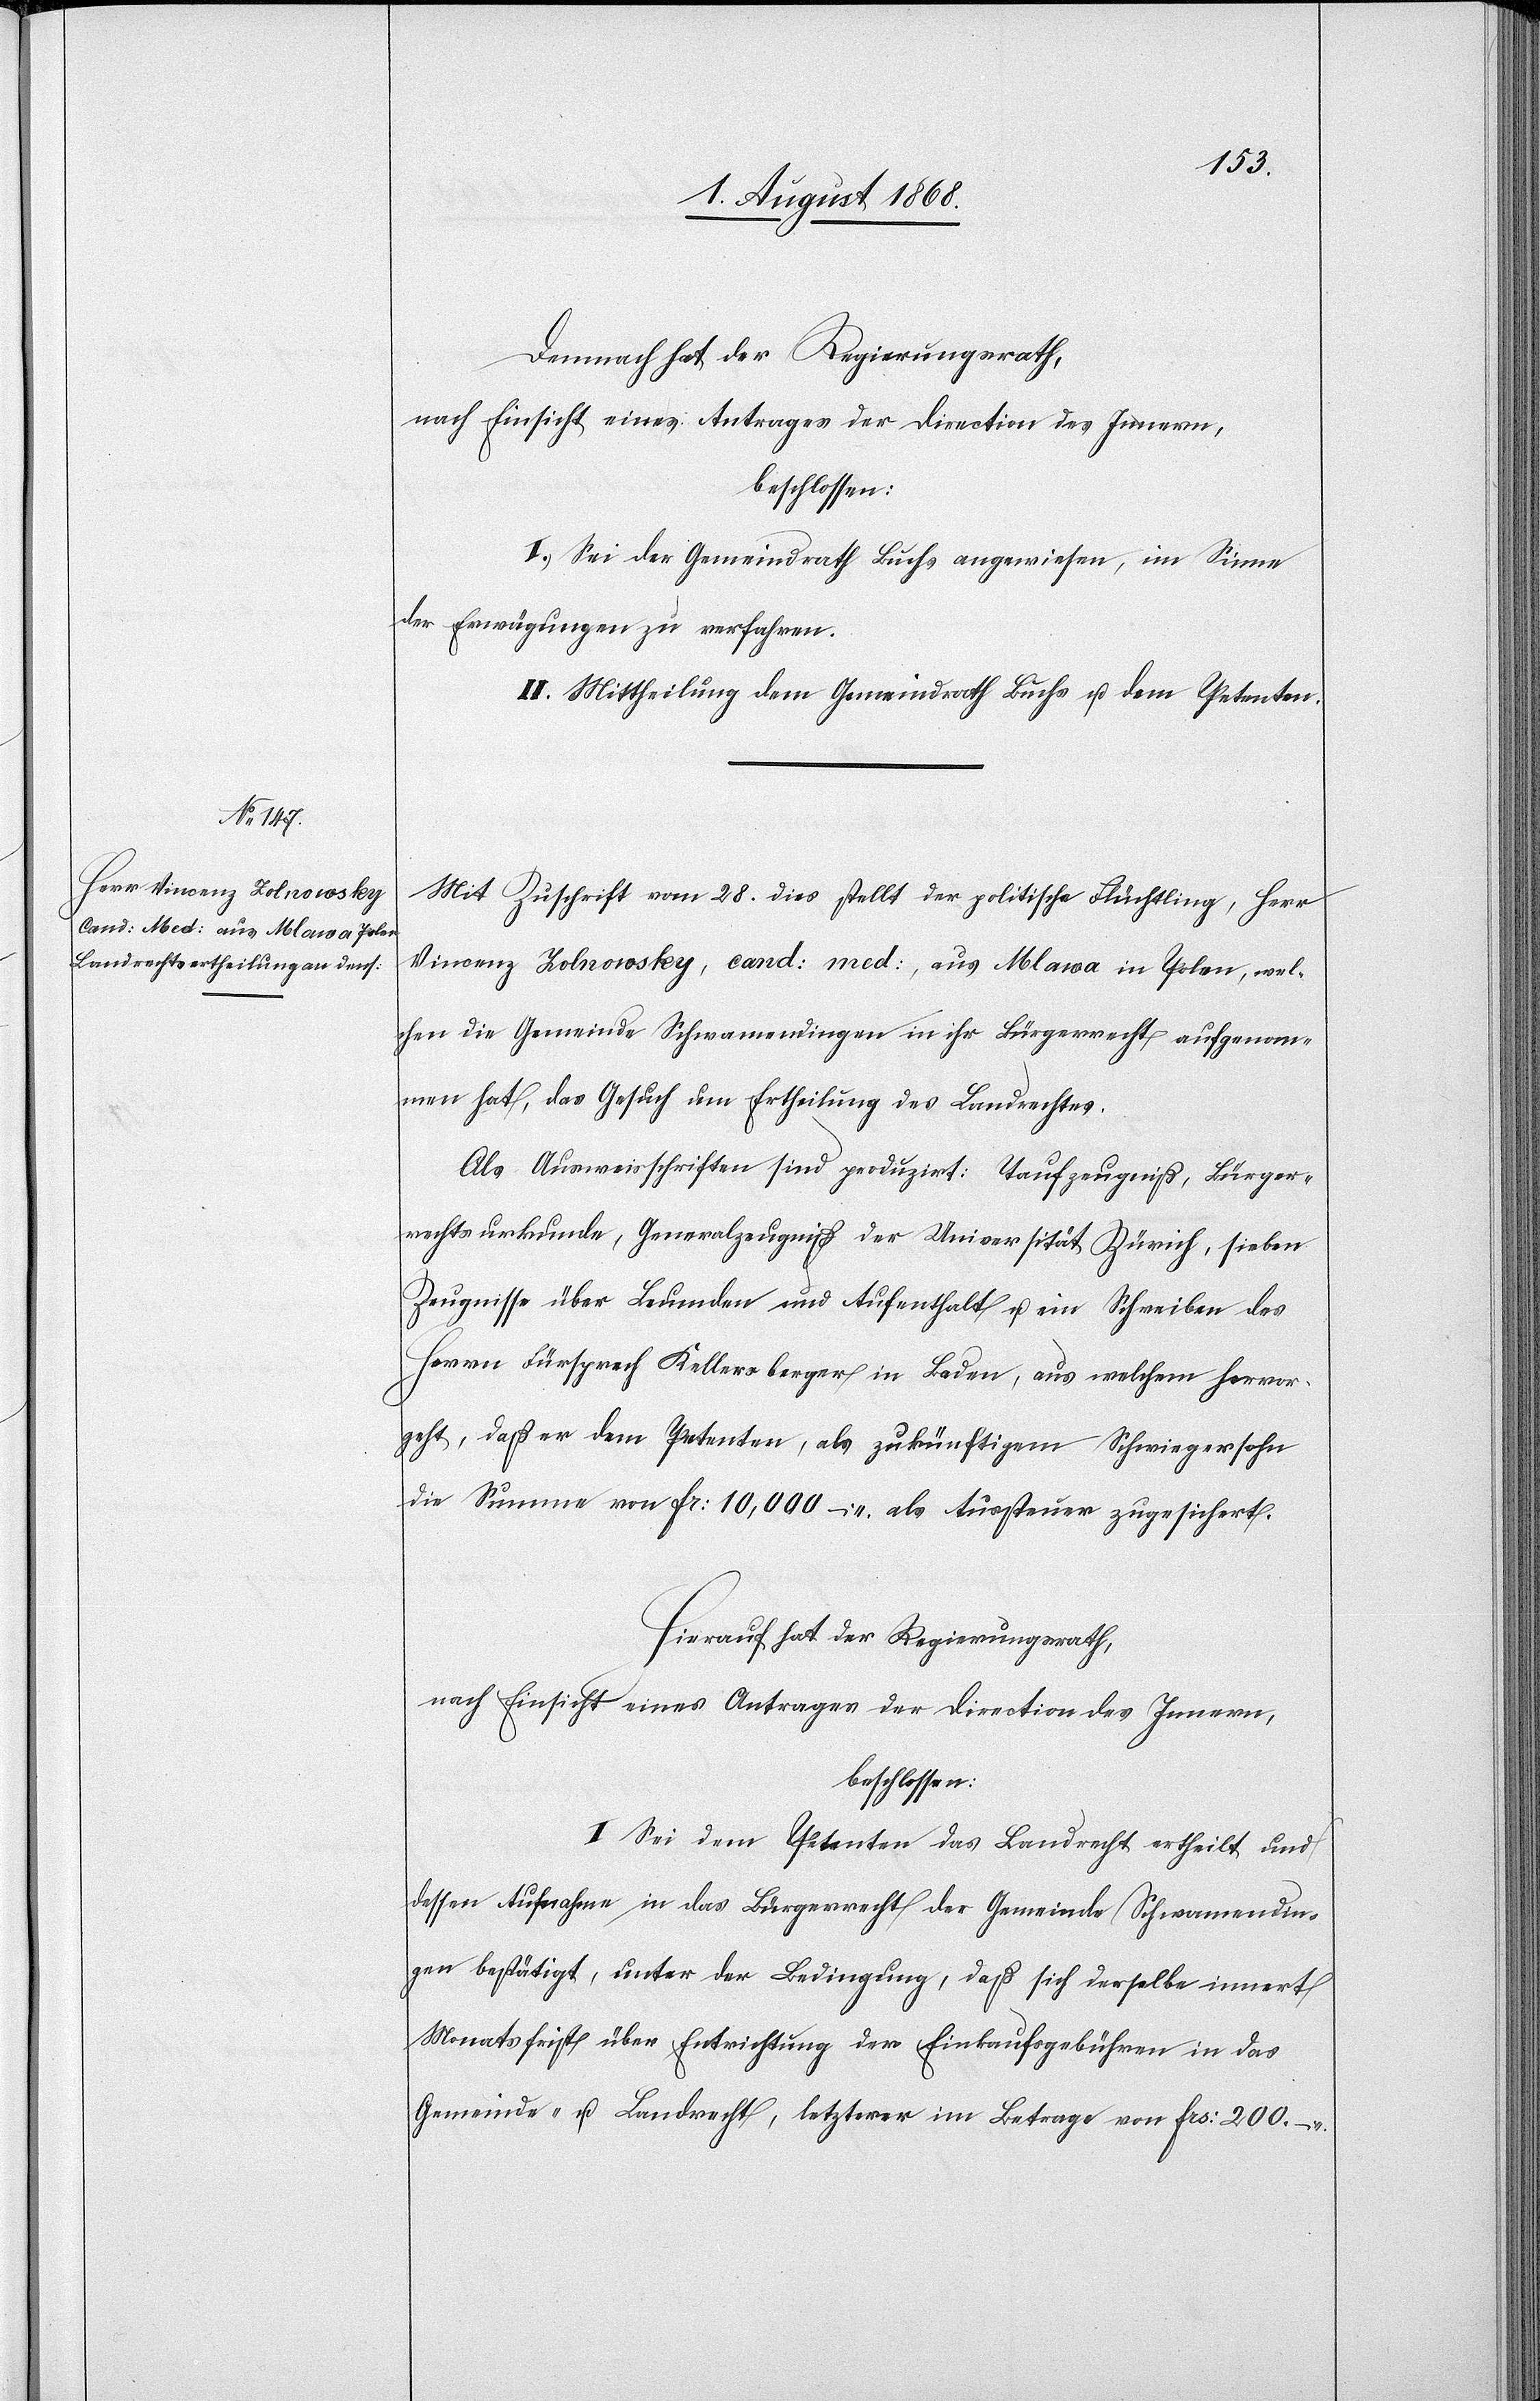
Demnach hat der Regierungsrath,
nach Einsicht eines Antrages der Direction des Innern,
beschlossen:
I. Sei der Gemeindrath Buchs angewiesen, im Sinne
der Erwägungen zu verfahren.
II. Mittheilung dem Gemeindrath Buchs u. dem Petenten.
Mit Zuschrift vom 28. dies stellt der politische Flüchtling, Herr
Vincenz Zolnowsky, cand: med:, aus Mlawa in Polen, wel¬
chen die Gemeinde Schwamendingen in ihr Bürgerrecht aufgenom¬
men hat, das Gesuch um Ertheilung des Landrechtes.
Als Ausweisschriften sind produzirt: Taufzeugniß, Bürger¬
rechtsurkunde, Generalzeugniß der Universität Zürich, sieben
Zeugnisse über Leumden und Aufenthalt u. ein Schreiben des
Herrn Fürsprech Kellersberger in Baden, aus welchem hervor¬
geht, daß er dem Petenten, als zukünftigem Schwiegersohn
die Summe von Fr: 10,000 – als Aussteuer zugesichert.
Hierauf hat der Regierungsrath,
nach Einsicht eines Antrages der Direction des Innern,
beschlossen:
I. Sei dem Petenten das Landrecht ertheilt und
dessen Aufnahme in das Bürgerrecht der Gemeinde Schwamendin¬
gen bestätigt, unter der Bedingung, daß sich derselbe innert
Monatsfrist über Entrichtung der Einkaufsgebühren in das
Gemeinde- u. Landrecht, letzterer im Betrage von Frs: 200 –